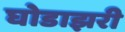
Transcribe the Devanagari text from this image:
घोडाझरी